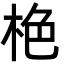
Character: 栬